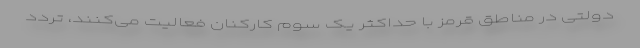
دولتی در مناطق قرمز با حداکثر یک سوم کارکنان فعالیت می‌کنند، تردد